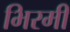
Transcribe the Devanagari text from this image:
भिरमी